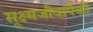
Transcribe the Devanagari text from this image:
सूक्ष्मजीवांपैकी